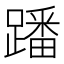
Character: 蹯